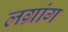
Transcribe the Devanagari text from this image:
लग्रांग